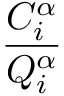
\frac { C _ { i } ^ { \alpha } } { Q _ { i } ^ { \alpha } }